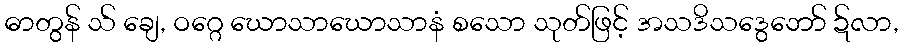
ဓာတွန် သ် ချေ, ဝဂ္ဂေ ဃောသာဃောသာနံ စသော သုတ်ဖြင့် အသဒိသဒွေဘော် ဍ်လာ,